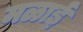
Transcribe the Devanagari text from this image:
मळाई